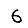
Digit: 6